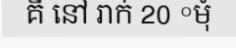
គឺ នៅ រាក់ 20 °មុំ